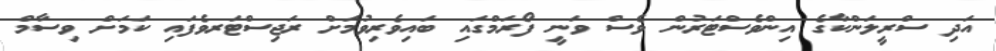
އަދި ސްރީލަންކާގެ އިންވެސްޓަރުން ވެސް ވަނީ ފޯރަމްގައި ބައިވެރިވުމަށް ރަޖިސްޓަރވެފައި ކަމަށް ވިސާމް